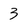
Character: 3